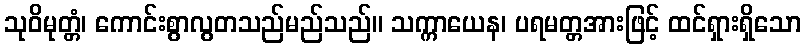
သုဝိမုတ္တံ၊ ကောင်းစွာလွတသည်မည်သည်။ သက္ကာယေန၊ ပရမတ္တအားဖြင့် ထင်ရှားရှိသော